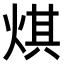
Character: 𤊄